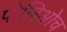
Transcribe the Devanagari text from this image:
पोलिओच